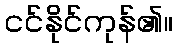
ငင်နိုင်ကုန်၏။